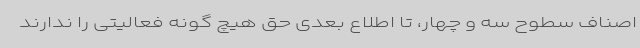
اصناف سطوح سه و چهار، تا اطلاع بعدی حق هیچ گونه فعالیتی را ندارند